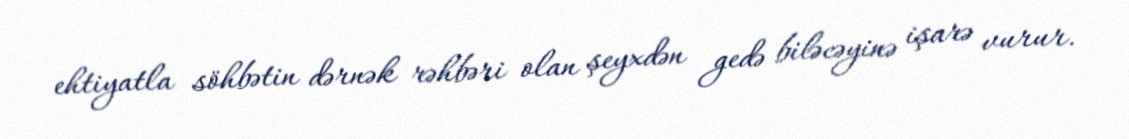
ehtiyatla söhbətin dərnək rəhbəri olan şeyxdən gedə biləcəyinə işarə vurur.